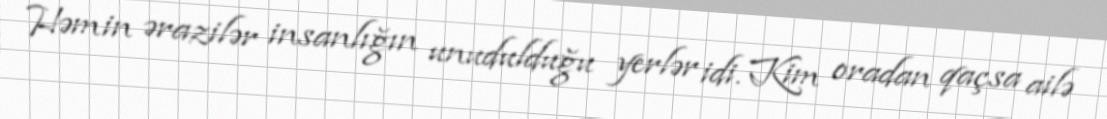
Həmin ərazilər insanlığın unudulduğu yerlər idi. Kim oradan qaçsa ailə